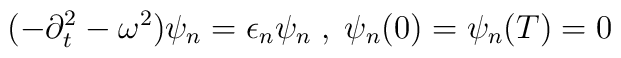
(-\partial _{t}^{2}-\omega ^{2})\psi _{n}=\epsilon _{n}\psi _{n}\; ,\; \psi _{n}(0)=\psi _{n}(T)=0